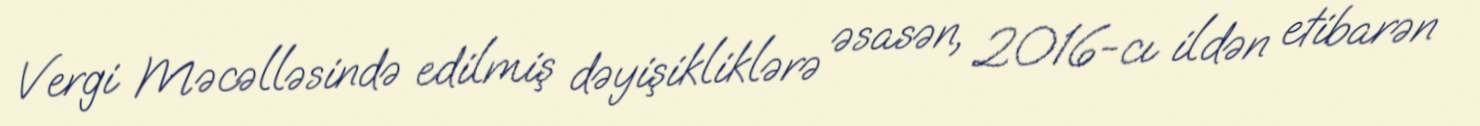
Vergi Məcəlləsində edilmiş dəyişikliklərə əsasən, 2016-cı ildən etibarən